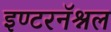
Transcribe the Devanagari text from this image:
इण्टरनॅश्नल